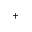
^ +